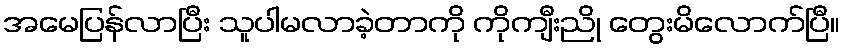
အမေပြန်လာပြီး သူပါမလာခဲ့တာကို ကိုကျီးညို တွေးမိလောက်ပြီ။